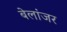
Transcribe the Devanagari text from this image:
बेलांजर